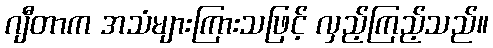
ဂျီတာက အသံများကြားသဖြင့် လှည့်ကြည့်သည်။